NAE_ERA_R-2078_Sihtasutus_Eesti_Kontsert, lk 174
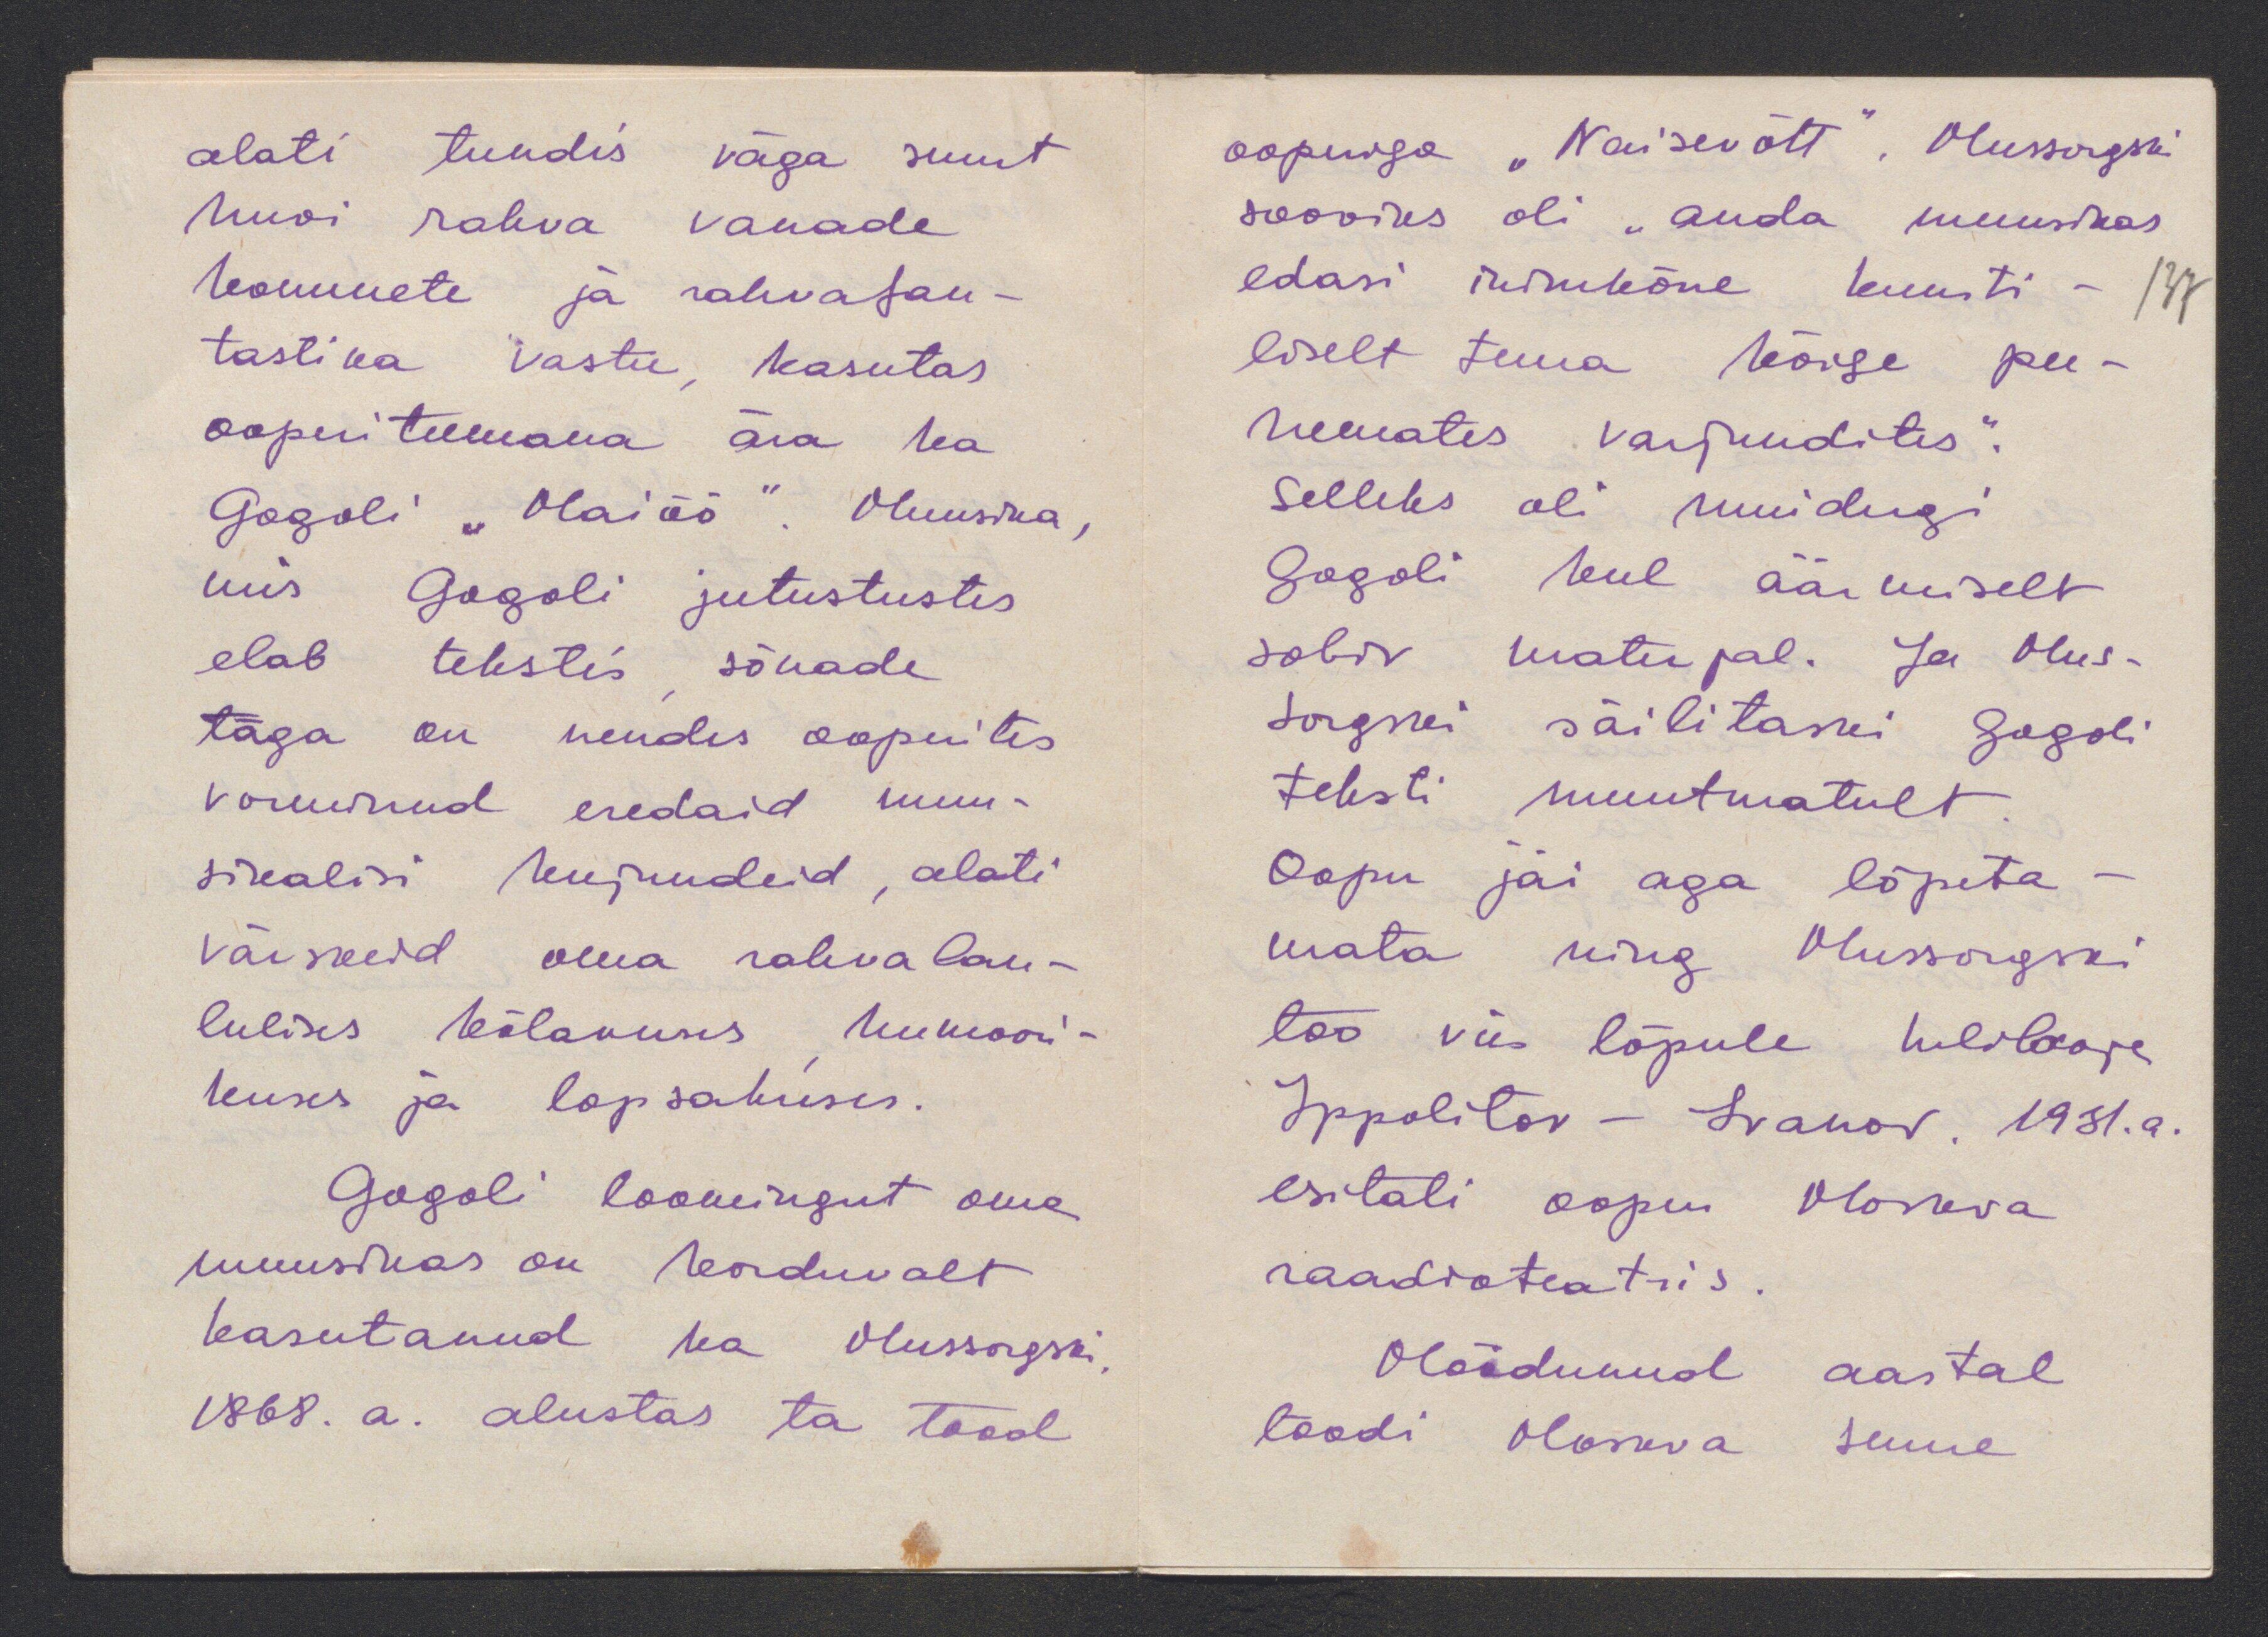
alati tundis väga suurt
huvi rahva vanade
kommete ja rahvafan-
tastika vastu, kasutas
ooperiteemana ära ka
Gogoli "Maiöö". Muusika,
mis Gogoli jutustustes
elab tekstis, sõnade
taga on nendes ooperites
vorminud eredaid muu-
sikalisi kujundeid, alati
väikseid oma rahva lau-
lulises kõlavuses, humoori-
kuses ja lopsakuses.
Gogoli loomingut oma
muusikas on korduvalt
kasutanud ka Mussorgski
1868. a. alustas ta tööd

ooperiga "Naisevõtt", Mussorgski
sooviks oli "anda muusikas
edasi inikeõne kunsti - 137
liselt tema kõige pee-
neemates varjundites."
Selleks oli muidugi
Gogoli keel äämiselt
sobiv materjal. Ja Mus-
sorgski säilitaski Gogoli
teksti muutmatult.
Ooper jäi aga lõpeta-
mata ning Mussorgski
töö viis lõpule helilooja
Ippolitov - Svanov. 1931. a.
esitati ooper Moskva
raadioteatris.
Möödunud aastal
toodi Moskva suure